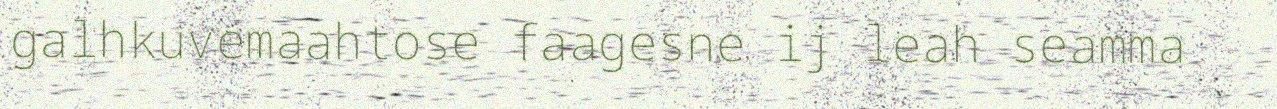
galhkuvemaahtose faagesne ij leah seamma